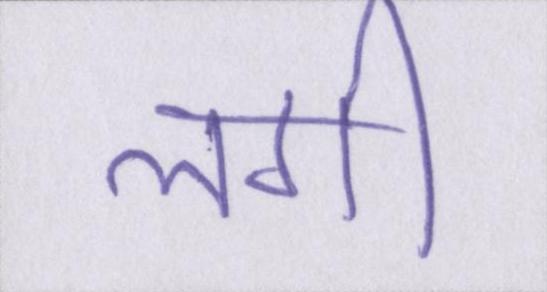
लगी